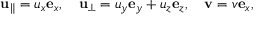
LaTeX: \mathbf { u } _ { \parallel } = u _ { x } \mathbf { e } _ { x } , \quad \mathbf { u } _ { \perp } = u _ { y } \mathbf { e } _ { y } + u _ { z } \mathbf { e } _ { z } , \quad \mathbf { v } = v \mathbf { e } _ { x } ,